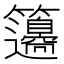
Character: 𥸅